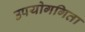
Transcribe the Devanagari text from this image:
उपयोगगिता